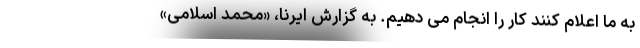
به ما اعلام کنند کار را انجام می دهیم. به گزارش ایرنا، «محمد اسلامی»